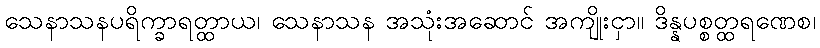
သေနာသနပရိက္ခာရတ္ထာယ၊ သေနာသန အသုံးအဆောင် အကျိုးငှာ။ ဒိန္နပစ္စတ္ထရဏေစ၊